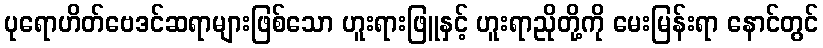
ပုရောဟိတ်ဗေဒင်ဆရာများဖြစ်သော ဟူးရားဖြူနှင့် ဟူးရာညိုတို့ကို မေးမြန်းရာ နောင်တွင်